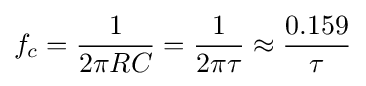
f_{c}={\frac {1}{2\pi RC}}={\frac {1}{2\pi \tau }}\approx {\frac {0.159}{\tau }}